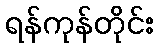
ရန်ကုန်တိုင်း